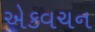
એકવચન